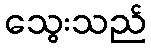
သွေးသည်